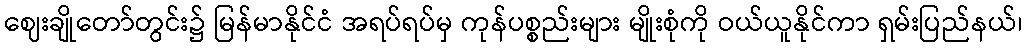
ဈေးချိုတော်တွင်း၌ မြန်မာနိုင်ငံ အရပ်ရပ်မှ ကုန်ပစ္စည်းများ မျိုးစုံကို ဝယ်ယူနိုင်ကာ ရှမ်းပြည်နယ်၊